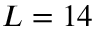
L = 1 4